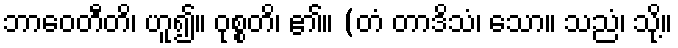
ဘာဝေတီတိ၊ ဟူ၍။ ဝုစ္စတိ၊ ၏။ (တံ တာဒိသံ၊ သော။ သညံ၊ သို့။